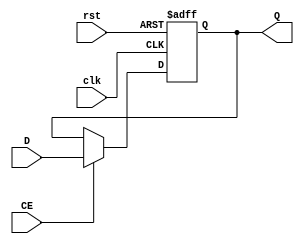
`timescale 1ns / 1ps
//////////////////////////////////////////////////////////////////////////////////
// Company: 
// Engineer: 
// 
// Design Name: 
// Module Name:    REG32 
// Project Name: 
// Target Devices: 
// Tool versions: 
// Description: 
//
// Dependencies: 
//
// Revision: 
// Revision 0.01 - File Created
// Additional Comments: 
//
//////////////////////////////////////////////////////////////////////////////////
module REG32(input clk,
			 input rst,
			 input CE,
			 input [31:0] D,
			 output reg[31:0] Q
			 );
	always @ (posedge clk or posedge rst) begin
		if(rst==1) Q<=32'b0;
		else if(CE==1)Q<=D;
	end
endmodule